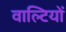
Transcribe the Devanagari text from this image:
वाल्टियों